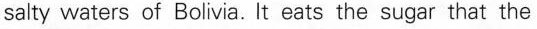
salty waters of Bolivia. It eatsthe sugar that the